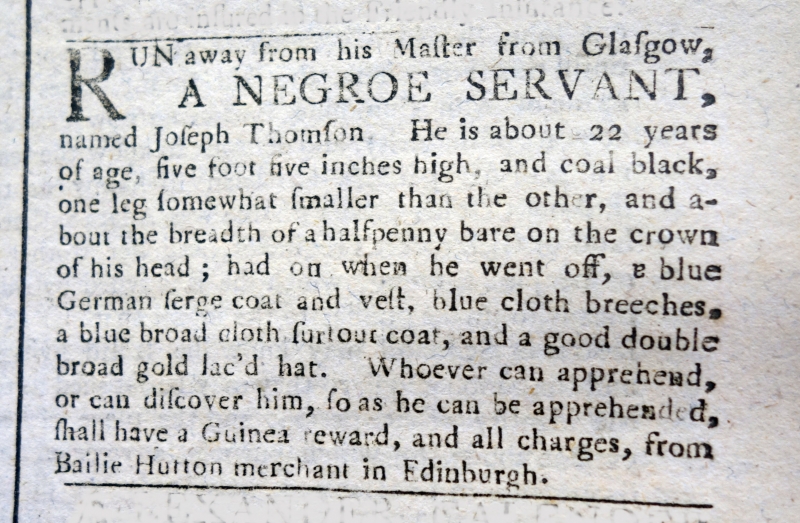
Edinburgh Evening Courant, 31 March 1764 (Scotland)
RUN away from his Master from Glasgow,A NEGROE SERVANT, named Joseph Thomson. He is about 22 years of age, five foot five inches high, and coal black, one leg somewhat smaller than the other, and about the breadth of a halfpenny bare upon the crown of his head; had on when he went off, a blue German serge coat and vest, blue cloth breeches, a blue broad cloth surtout coat, and a good double broad gold lac’d hat. Whoever can apprehend, or can discover him, so as he can be apprehended, shall have a Guinea reward, and all charges, from Bailie Hutton merchant in Edinburgh.